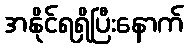
အနိုင်ရရှိပြီးနောက်